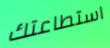
استطاعتك